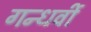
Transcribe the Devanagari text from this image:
गन्धर्वी